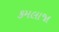
કમલાજા